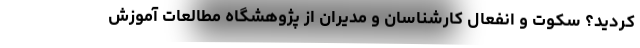
کردید؟ سکوت و انفعال کارشناسان و مدیران از پژوهشگاه مطالعات آموزش